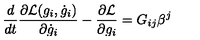
{ \frac { d } { d t } } { \frac { \partial { \cal L } ( g _ { i } , \dot { g } _ { i } ) } { \partial \dot { g } _ { i } } } - { \frac { \partial { \cal L } } { \partial g _ { i } } } = G _ { i j } \beta ^ { j }